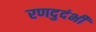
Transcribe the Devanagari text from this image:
रणदुदंभी